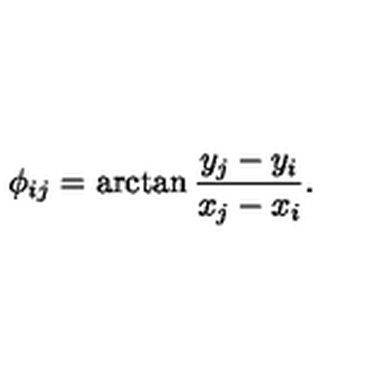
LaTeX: \phi _ { i j } = \arctan \frac { y _ { j } - y _ { i } } { x _ { j } - x _ { i } } .